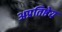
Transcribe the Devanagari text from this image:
अप्रतिष्ठेय